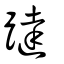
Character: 躂